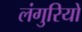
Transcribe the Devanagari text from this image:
लंगुरियों